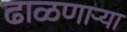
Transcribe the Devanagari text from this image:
ढाळणाऱ्या